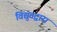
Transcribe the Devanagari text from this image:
विद्युतद्वारा